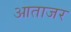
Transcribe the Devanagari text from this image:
आताजर